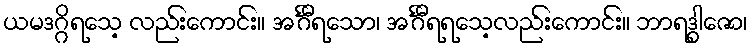
ယမဒဂ္ဂိရသေ့ လည်းကောင်း။ အင်္ဂီရသော၊ အင်္ဂီရရသေ့လည်းကောင်း။ ဘာရဒွါဇော၊